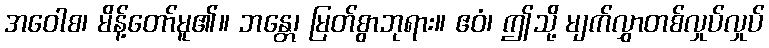
အဝေါစ၊ မိန့်တော်မူ၏။ ဘန္တေ၊ မြတ်စွာဘုရား။ ဧဝံ၊ ဤသို့ မျက်လွှာတစ်လှုပ်လှုပ်